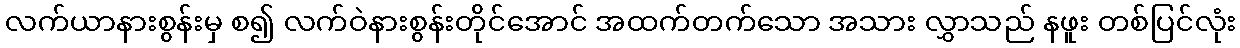
လက်ယာနားစွန်းမှ စ၍ လက်ဝဲနားစွန်းတိုင်အောင် အထက်တက်သော အသား လွှာသည် နဖူး တစ်ပြင်လုံး